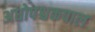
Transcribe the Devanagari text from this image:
अधोपश्चकपाल